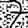
Digit: 7